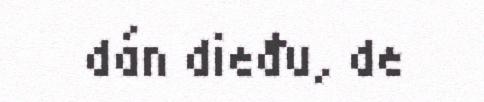
dán dieđu, de